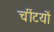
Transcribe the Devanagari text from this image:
चींटयों